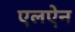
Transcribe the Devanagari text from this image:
एलऐन